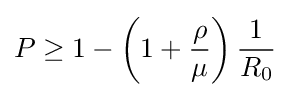
P\geq 1-\left(1+{\frac {\rho }{\mu }}\right){\frac {1}{R_{0}}}